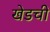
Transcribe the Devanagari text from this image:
खेडची